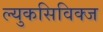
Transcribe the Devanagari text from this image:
ल्युकसिविक्ज